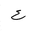
Letter: _ayn